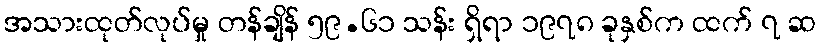
အသားထုတ်လုပ်မှု တန်ချိန် ၅၉.၆၁ သန်း ရှိရာ ၁၉၇၈ ခုနှစ်က ထက် ၇ ဆ